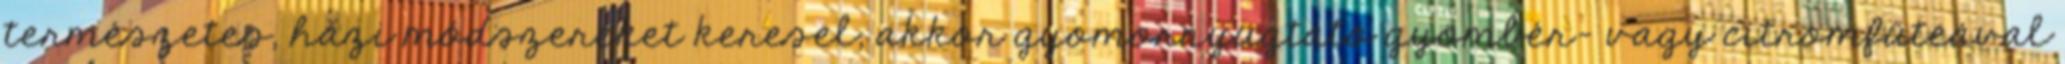
természetes, házi módszereket keresel, akkor gyomornyugtató gyömbér- vagy citromfűteával